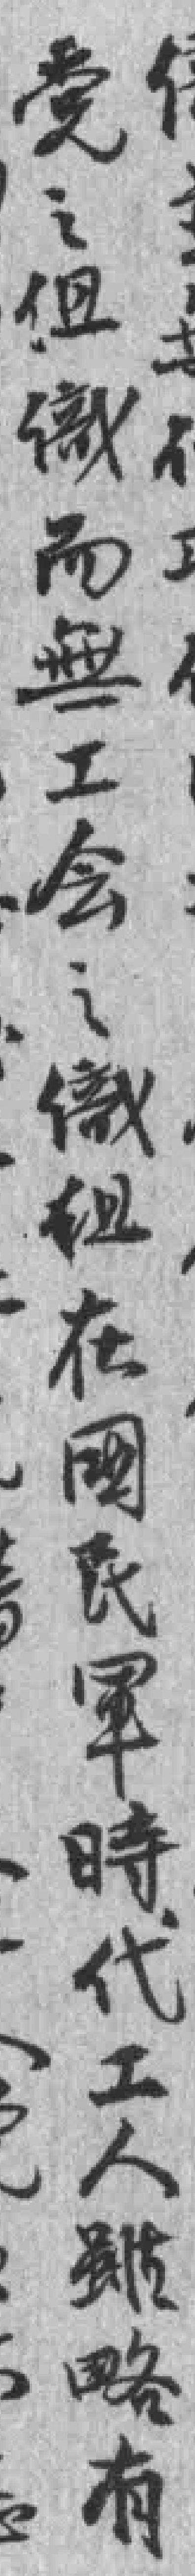
党之组織而無工会之織组在國民軍時代工人雖略有